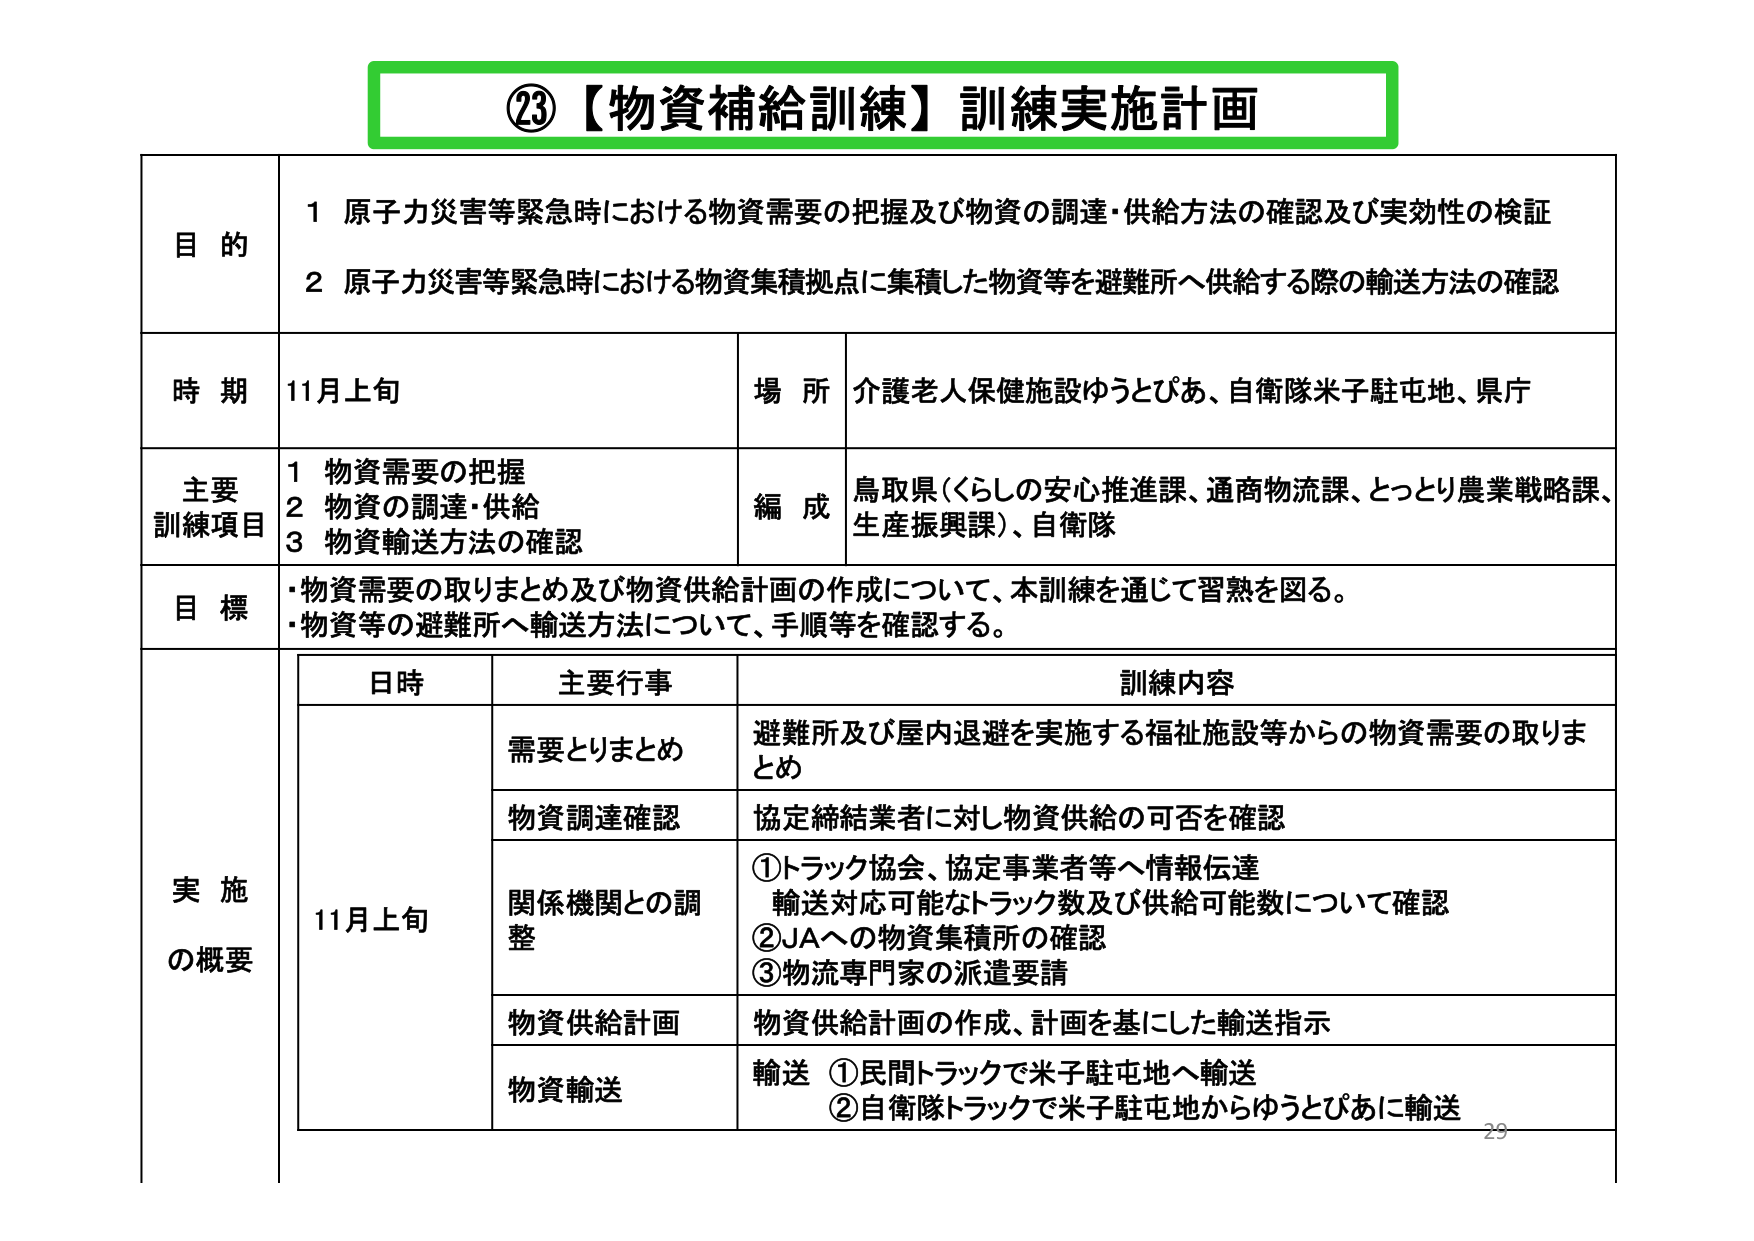
②3【物資補給訓練】訓練実施計画

目的
1 原子力災害等緊急時における物資需要の把握及び物資の調達・供給方法の確認及び実効性の検証
2 原子力災害等緊急時における物資集積拠点に集積した物資等を避難所へ供給する際の輸送方法の確認

時期 11月上旬
場所 介護老人保健施設ゆうとぴあ、自衛隊米子駐屯地、県庁

主要訓練項目
1 物資需要の把握
2 物資の調達・供給
3 物資輸送方法の確認
編成 鳥取県（くらしの安心推進課、通商物流課、とっとり農業戦略課、生産振興課）、自衛隊

目標
・物資需要の取りまとめ及び物資供給計画の作成について、本訓練を通じて習熟を図る。
・物資等の避難所へ輸送方法について、手順等を確認する。

実施の概要
日時 主要行事 訓練内容
11月上旬 需要とりまとめ 避難所及び屋内退避を実施する福祉施設等からの物資需要の取りまとめ
物資調達確認 協定締結業者に対し物資供給の可否を確認
関係機関との調整 ①トラック協会、協定事業者等へ情報伝達
輸送対応可能なトラック数及び供給可能数について確認
②JAへの物資集積所の確認
③物流専門家の派遣要請
物資供給計画 物資供給計画の作成、計画を基にした輸送指示
物資輸送 輸送 ①民間トラックで米子駐屯地へ輸送
②自衛隊トラックで米子駐屯地からゆうとぴあに輸送

29